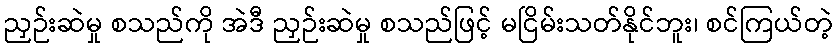
ညှဉ်းဆဲမှု စသည်ကို အဲဒီ ညှဉ်းဆဲမှု စသည်ဖြင့် မငြိမ်းသတ်နိုင်ဘူး၊ စင်ကြယ်တဲ့